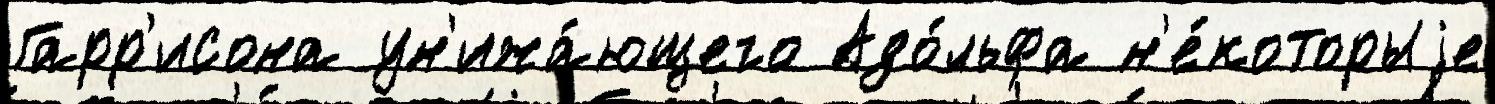
Гарр'исона ун'ижа́ющего Адо́льфа н'е́которыjе